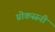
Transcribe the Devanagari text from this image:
प्रोकस्स्नी